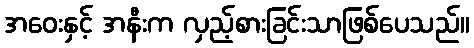
အဝေးနှင့် အနီးက လှည့်စားခြင်းသာဖြစ်ပေသည်။